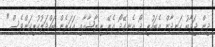
ދިން ޖަވާބު ހަނދާން އެބަހުރި ދޯ އެނގޭދޯ އެރޭ ރިޔާޝާއާއި އަހަރެން ބައްދަލުކުރިކަންވެސް."